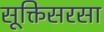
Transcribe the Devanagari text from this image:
सूक्तिसरसा